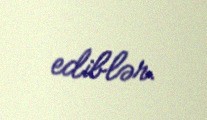
ediblər.